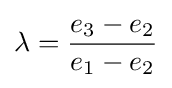
\lambda ={\frac {e_{3}-e_{2}}{e_{1}-e_{2}}}